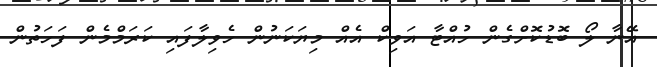
އޭނާ ލޯ ބޮޑުކޮށްގެން ހުއްޓާ އަވިކް އެއް މިޔަކަނުން ހެވިލާފައި ކަރަމްމެން ފަހަތުން